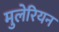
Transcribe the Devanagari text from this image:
मुलेरियन